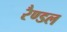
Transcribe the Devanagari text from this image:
रैण्डल